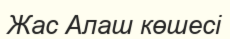
Жас Алаш көшесі